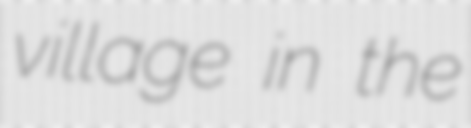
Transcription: village in the